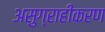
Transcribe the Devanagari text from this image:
असुग्राहीकरण